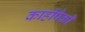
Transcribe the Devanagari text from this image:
काहींपैकी